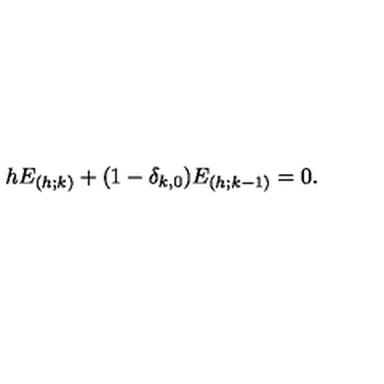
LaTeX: h E _ { ( h ; k ) } + ( 1 - \delta _ { k , 0 } ) E _ { ( h ; k - 1 ) } = 0 .